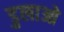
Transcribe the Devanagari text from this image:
डुलाओ